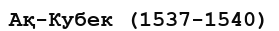
Ақ-Кубек (1537-1540)